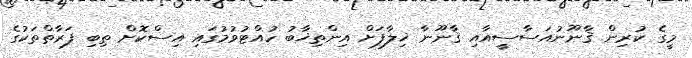
މީގެ ކުރިން ޤާނޫނުއަސާސީއާއި ޤާނޫނާ ޚިލާފަށް އިންތިޚާބު ހުއްޓުވުމުގައި އިސްކޮށް ތިބި ފަރާތްތަކުގެ